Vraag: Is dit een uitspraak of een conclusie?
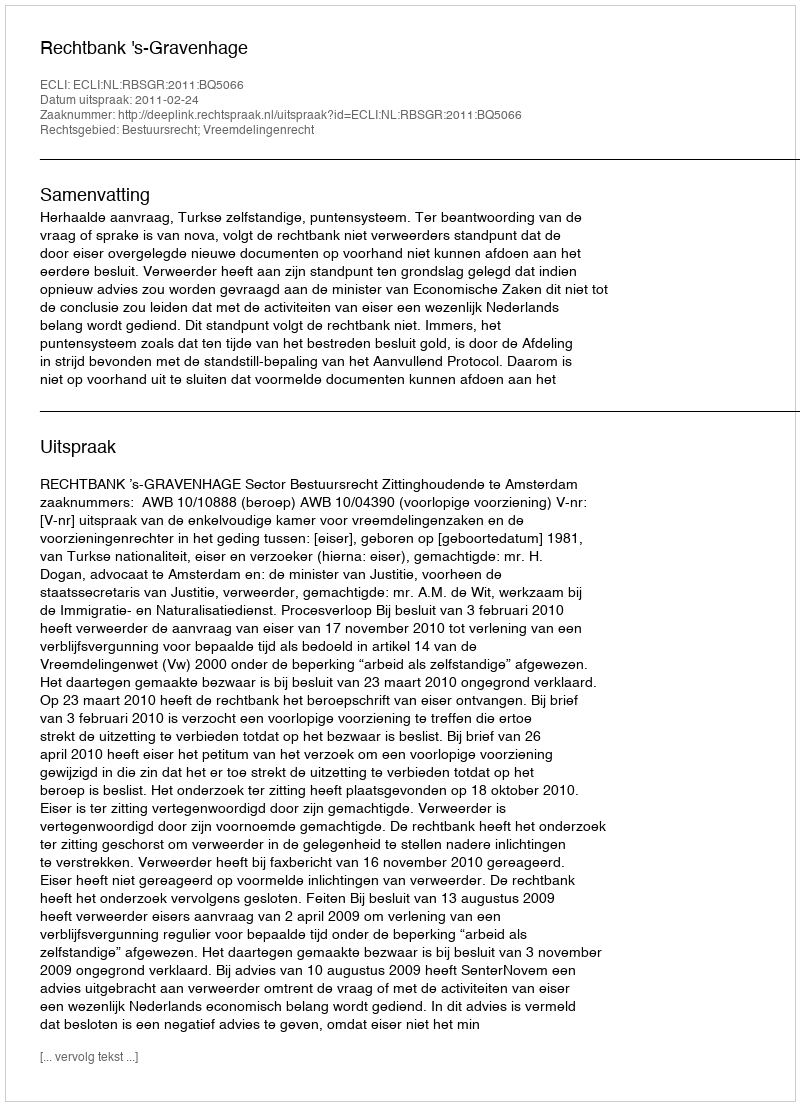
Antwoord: Uitspraak